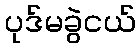
ပုဒ်မခွဲငယ်